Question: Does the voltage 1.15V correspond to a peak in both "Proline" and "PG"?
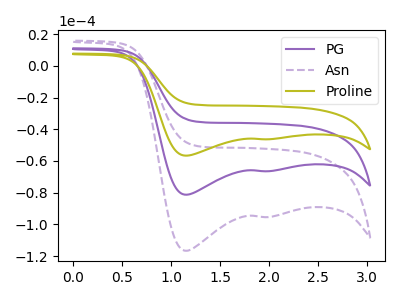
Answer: <think>The purple curve "PG" has cathodic peaks at (1.15V, -81.25uA) (2.00V, -66.45uA). The purple dashed curve "Asn" has cathodic peaks at (1.15V, -162.55uA) (2.00V, -132.85uA). The olive curve "Proline" has cathodic peaks at (1.15V, -56.65uA) (2.00V, -46.30uA).</think>
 <answer>Yes, "Proline" and "PG" share a peak at 1.15V.</answer>
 <eval>match</eval>